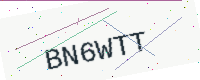
Text: BN6WTT